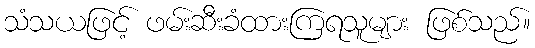
သံသယဖြင့် ဖမ်းဆီးခံထားကြရသူများ ဖြစ်သည်။